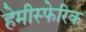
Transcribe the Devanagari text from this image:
हेमीस्फेरिक